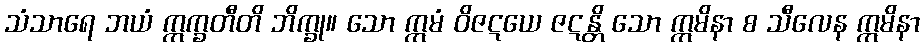
သံသာရေ ဘယံ ဣက္ခတီတိ ဘိက္ခု။ သော ဣမံ ဝိဇဋယေ ဇဋန္တိ သော ဣမိနာ စ သီလေန ဣမိနာ